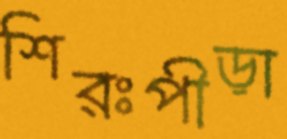
শিরঃপীড়া